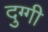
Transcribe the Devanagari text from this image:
दुग्गी